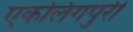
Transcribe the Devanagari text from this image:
एकलिंगपुरी